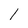
Character: 1